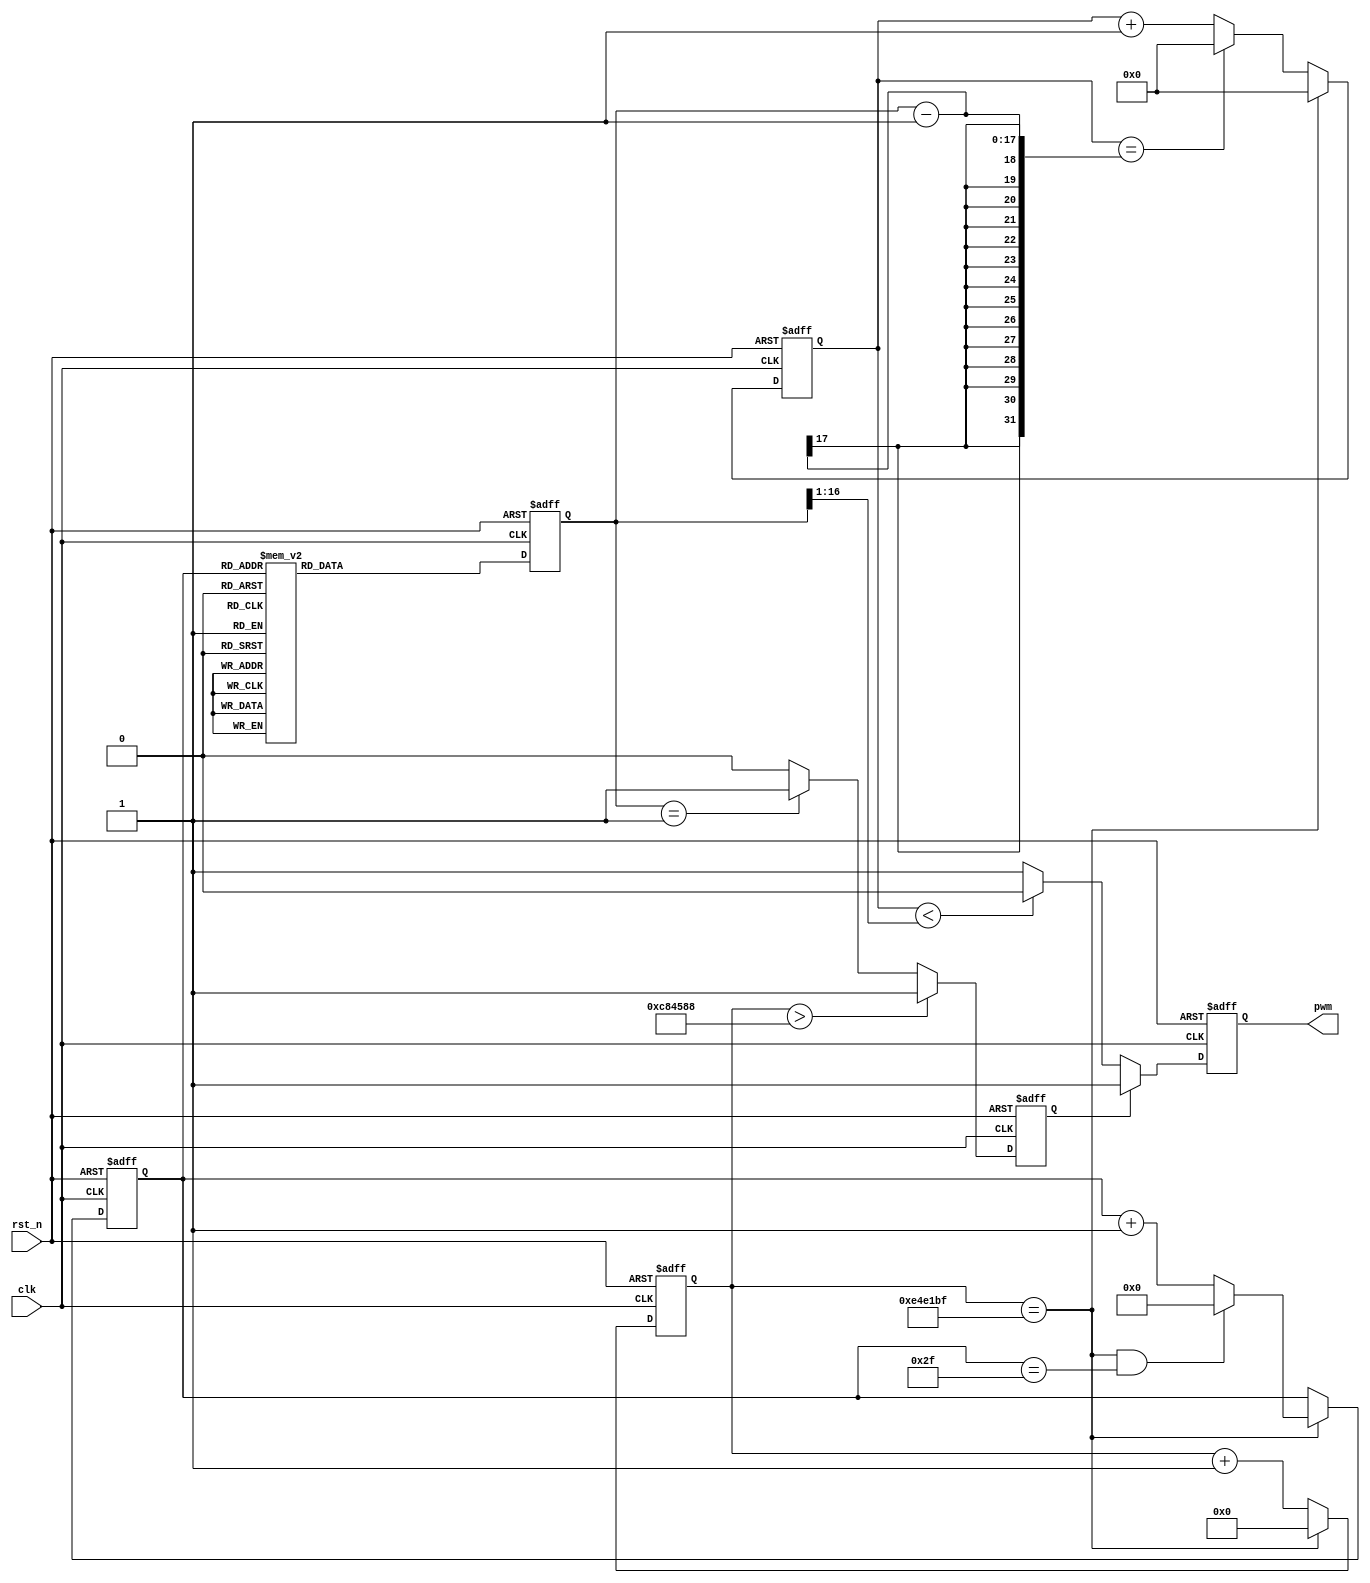
module beep#(parameter CLK_PRE = 50_000_000, TIME_300MS = 15_000_000)(

    input           clk,
    input           rst_n,
    output   reg    pwm

);

    //  (  )
    parameter DO = CLK_PRE / 523,      //DO
              RE = CLK_PRE / 587,
              MI = CLK_PRE / 659,
              FA = CLK_PRE / 698,
              SO = CLK_PRE / 784,
              LA = CLK_PRE / 880,
              SI = CLK_PRE / 988;

    reg     [16:0]      cnt1;       //
    wire                add_cnt1;
    wire                end_cnt1;
    reg     [16:0]      X;          //cnt1 

    reg     [23:0]      cnt2;       //300MS 300MS
    wire                add_cnt2;
    wire                end_cnt2;

    reg     [5:0]       cnt3;       // 48
    wire                add_cnt3;
    wire                end_cnt3;

    reg                 pwm_ctr1;   //%25 1

    always @(posedge clk or negedge rst_n)begin 
        if(!rst_n)begin
            cnt1 <= 17'd0;
        end
        else if(end_cnt2)
            cnt1 <= 17'd0;
        else if(add_cnt1)begin 
            if(end_cnt1)begin 
                cnt1 <= 17'd0;
            end
            else begin 
                cnt1 <= cnt1 + 1'b1;
            end 
        end
        else begin
            cnt1 <= cnt1;
        end
    end 
    assign add_cnt1 = 1'b1;
    assign end_cnt1 = add_cnt1 && cnt1 == X - 1;

    always @(posedge clk or negedge rst_n)begin
        if(!rst_n)
            cnt2 <= 24'd0;
        else if(add_cnt2)
            if(end_cnt2)
                cnt2 <= 24'd0;
            else
                cnt2 <= cnt2 + 1'b1;
        else
            cnt2 <= cnt2;
    end

    assign add_cnt2 = 1'b1;
    assign end_cnt2 = add_cnt2 && cnt2 == TIME_300MS - 1;
    
    always @(posedge clk or negedge rst_n)begin
        if(!rst_n)
            cnt3 <= 6'd0;
        else if (add_cnt3) begin
            if(end_cnt3)
                cnt3 <= 6'd0;
            else
                cnt3 <= cnt3 + 1'b1;
        end
        else
            cnt3 <= cnt3;
 
    end

    assign add_cnt3 = end_cnt2;
    assign end_cnt3 = add_cnt3 && cnt3 == 48 - 1;

    always @(posedge clk or negedge rst_n)begin
        
        if(!rst_n)
            X <= 16'd1;
        else
            case(cnt3)
                0            : X <= DO;
                1            : X <= RE;
                2            : X <= MI;
                3            : X <= DO;

                4            : X <= DO;
                5            : X <= RE;
                6            : X <= MI;
                7            : X <= DO;

                8            : X <= MI;
                9            : X <= FA;
                10           : X <= SO;
                11           : X <= 1;

                12           : X <= MI;
                13           : X <= FA;
                14           : X <= SO;
                15           : X <= SO;

                16           : X <= SO;
                17           : X <= LA;
                18           : X <= SO;
                19           : X <= FA;

                20           : X <= MI;
                21           : X <= 1;
                22           : X <= DO;
                23           : X <= 1;

                24           : X <= SO;
                25           : X <= LA;
                26           : X <= SO;
                27           : X <= FA;

                28           : X <= MI;
                29           : X <= 1;
                30           : X <= DO;
                31           : X <= 1;

                32           : X <= RE;
                33           : X <= 1;
                34           : X <= SO;
                35           : X <= 1;

                36           : X <= DO;
                37           : X <= 1;
                38           : X <= 1;
                39           : X <= 1;

                40           : X <= RE;
                41           : X <= 1;
                42           : X <= SO;
                43           : X <= 1;

                44           : X <= DO;
                45           : X <= 1;
                46           : X <= 1;
                47           : X <= 1;

                default      : X <= 1; 
            endcase

    end

    always @(posedge clk or negedge rst_n)begin
        
        if(!rst_n)
            pwm_ctr1 <= 1'b0;
        else if(cnt2 > ((TIME_300MS >> 1) + (TIME_300MS >> 2) + (TIME_300MS >> 3)))     //50% + 25%
            pwm_ctr1 <= 1'b1;
        else if(X == 1)
            pwm_ctr1 <= 1'b1;
        else
            pwm_ctr1 <= 1'b0;

    end

    always @(posedge clk or negedge rst_n)begin
        
        if(!rst_n)
            pwm <= 1'b1;        //
        else if(pwm_ctr1)       //pwm_ctr1
            pwm <= 1'b1;
        else if(cnt1 < (X >> 1))
            pwm <= 1'b0;
        else
            pwm <= 1'b1;

    end


endmodule